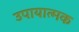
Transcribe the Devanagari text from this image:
उपायात्मक